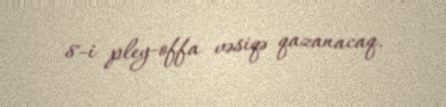
8-i pley-offa vəsiqə qazanacaq.